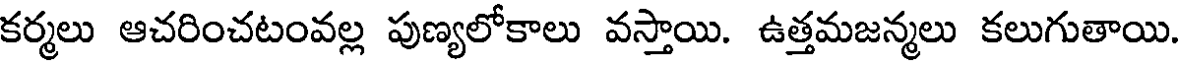
కర్మలు ఆచరించటంవల్ల పుణ్యలోకాలు వస్తాయి. ఉత్తమజన్మలు కలుగుతాయి.